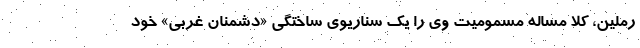
رملین، کلا مساله مسمومیت وی را یک سناریوی ساختگی «دشمنان غربی» خود